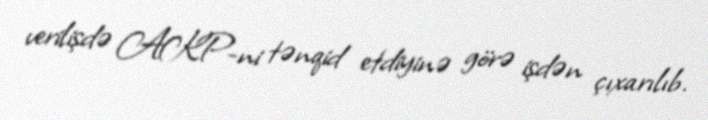
verilişdə AKP-ni tənqid etdiyinə görə işdən çıxarılıb.